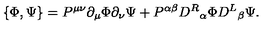
\{ \Phi , \Psi \} = P ^ { \mu \nu } \partial _ { \mu } \Phi \partial _ { \nu } \Psi + P ^ { \alpha \beta } { D ^ { R } } _ { \alpha } \Phi { D ^ { L } } _ { \beta } \Psi .